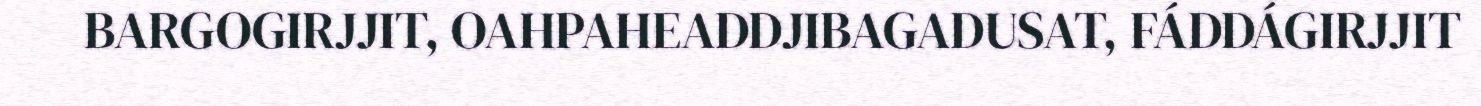
BARGOGIRJJIT, OAHPAHEADDJIBAGADUSAT, FÁDDÁGIRJJIT